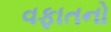
વફાતનો